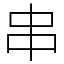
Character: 串